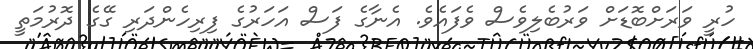
ހުރީ ވަރަށްބޮޑަށް ވަރުބެލިވެސް ވެފައެވެ. އެނާގެ ފަސް އަހަރުގެ ފިރިހެންދަރި ގޭގެ ދޮރުމަތީ